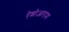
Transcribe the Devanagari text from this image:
ऐशोआराम